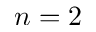
n = 2